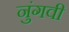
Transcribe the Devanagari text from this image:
नुंगवी